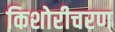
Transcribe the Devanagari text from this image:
किशोरीचरण